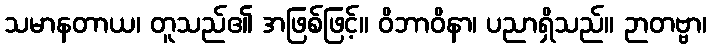
သမာနတာယ၊ တူသည်၏ အဖြစ်ဖြင့်။ ဝိဘာဝိနာ၊ ပညာရှိသည်။ ဉာတဗ္ဗာ၊